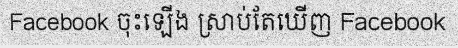
Facebook ចុះឡើង ស្រាប់តែឃើញ Facebook